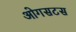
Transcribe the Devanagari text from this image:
ओगसटस